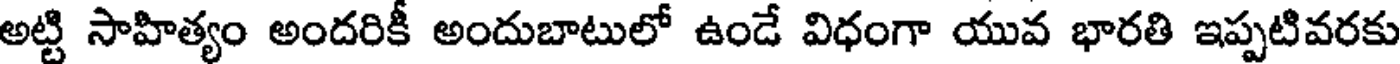
అట్టి సాహిత్యం అందరికీ అందుబాటులో ఉండే విధంగా యువ భారతి ఇప్పటివరకు